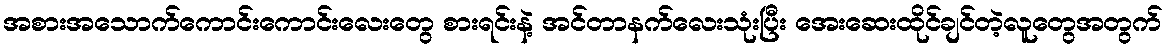
အစားအသောက်ကောင်းကောင်းလေးတွေ စားရင်းနဲ့ အင်တာနက်လေးသုံးပြီး အေးဆေးထိုင်ချင်တဲ့လူတွေအတွက်